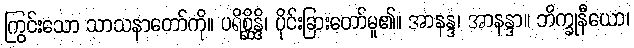
ကြွင်းသော သာသနာတော်ကို။ ပရိစ္ဆိန္ဒိ၊ ပိုင်းခြားတော်မူ၏။ အာနန္ဒ၊ အာနန္ဒာ။ ဘိက္ခုနီယော၊